Sketch of the medical history of the native army of Bombay, for the year
Year: 1872
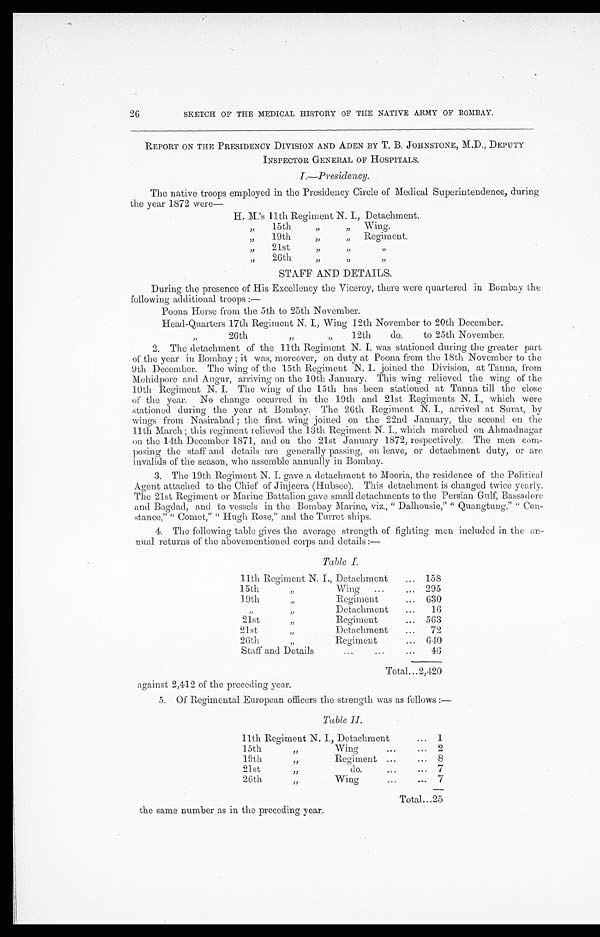
26
SKETCH OF THE MEDICAL HISTORY OF THE NATIVE ARMY OF BOMBAY.
REPORT ON THE PRESIDENCY DIVISION AND ADEN BY T. B. JOHNSTONE, M.D., DEPUTY
INSPECTOR GENERAL OF HOSPITALS.
I.— Presidency.
The native troops employed in the Presidency Circle of Medical Superintendence, during
the year 1872 were—
H. M.'s 11th Regiment N. I., Detachment.
" 15th " " Wing.
" 19th " " Regiment.
" 2 1 s t " " "
" 2 6 t h " " "
STAFF AND DETA
ILS.
During the presence of His Excellency the Viceroy, there were quartered in Bombay the
f o l l o w i n g a d d i t i o n a l t r o o p s : —
Poona Horse from the 5th to 25th November.
Head-Quarters 17th Regiment N. I., Wing 12th November to 20th December.
" 2 6 t h " " 1 2 t h d o . t o 2 5 t h N o v e m b e r .
2. The detachment of the 11th Regiment N. I. was stationed during the greater part
of the year in Bombay; it was, moreover, on duty at Poona from the 18th November to the
9th December. The wing of the 15th Regiment N. I. joined the Division, at Tanna, from
Mehidpore and Augur, arriving on the 10th January. This wing relieved the wing of the
10th Regiment N. I. The wing of the 15th has been stationed at Tanna till the close
of the year. No change occurred in the 19th and 21st Regiments N. I., which were
stationed during the year at Bombay. The 26th Regiment N. I., arrived at Surat, by
wings from Nasirabad; the first wing joined on the 22nd January, the second on the
11th March; this regiment relieved the 13th Regiment N. I., which marched on Ahmadnagar
on the 14th December 1871, and on the 21st January 1872, respectively. The men com
- p o s i n g t h e s t a f f a n d d e t a i l s a r e g e n e r a l l y p a s s i n g , o n l e a v e , o r d e t a c h m e n t d u t y , o r a r e
invalids of the season, who assemble annually in Bombay.
3. The 19th Regiment N. I. gave a detachment to Mooria, the residence of the Political
Agent attached to the Chief of Jinjeera (Hubsee). This detachment is changed twice yearly.
The 21st Regiment or Marine Battalion gave small detachments to the Persian Gulf, Bassad ore
and Bagdad, and to vessels in the Bombay Marine, viz., "Dalhousie," "Quangtung," "Con
- s t a n c e , " C o m e t , " " H u g h R o s e , " a n d t h e T u r r e t s h i p s .
4. The following table gives the average strength of fighting men included in the an
-nual returns of the abovementioned corps and details:—
Table I.
11th Regiment N. I., Detachment . . .
158
15th " Wing . . .
295
19th " Regiment . . .
630
" " Detachment . . .
16
21st " Regiment
. . .
563
21st " Detachment . . .
7 2
26th " Regiment . . .
640
Staff and Details . . .
46
Total . . .
2 , 4 2 0
against 2,412 of the preceding year.
5. Of Regimental European officers the strength was as follows:—
Table II.
11th Regiment N. I., Detachment . . .
1
15th " Wing . . .
2
1 9 t h " R e g i m e n t . . .
8
21st " do. . . .
7
26th " Wing . . .
7
Total . . .
2 5
the same number as in the preceding year.